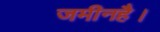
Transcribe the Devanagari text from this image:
जमीनहै।